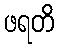
ဖရတိ